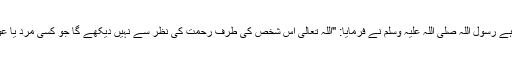
عبد اللہ ابن عباس رضی اللہ عنہما سے روایت ہے رسول اللہ صلی اللہ علیہ وسلم نے فرمایا: "اللہ تعالیٰ اس شخص کی طرف رحمت کی نظر سے نہیں دیکھے گا جو کسی مرد یا عورت کے ساتھ اس کی دبر میں بد فعلی کرے"۔